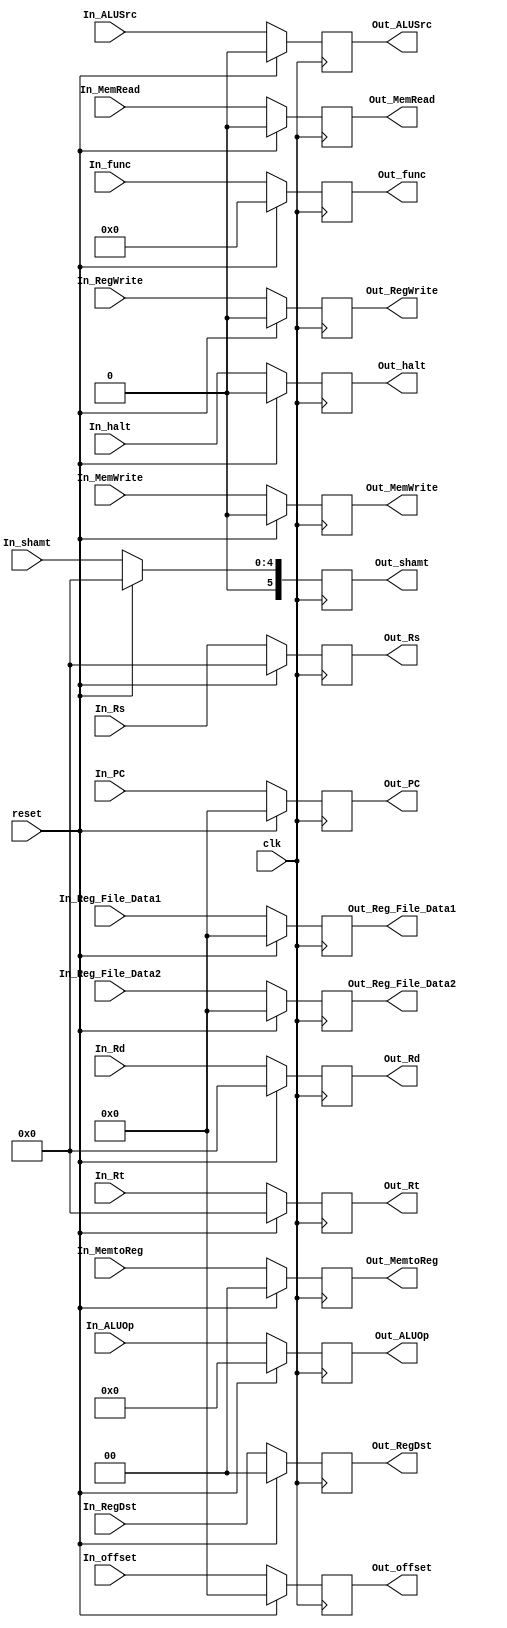
module ID_EX_Register (
// input signals
	clk,reset
	,In_Reg_File_Data1,In_Reg_File_Data2,
	In_offset,In_Rs,In_Rt,In_Rd,
	// output signals
   Out_Reg_File_Data1,Out_Reg_File_Data2,
	Out_offset,Out_Rs,Out_Rt,Out_Rd,
	// control unit input signals
	// EX signals
	In_ALUSrc, In_ALUOp ,In_RegDst,In_func, In_shamt,
	
	// MEM signals
	In_MemWrite,In_MemRead,
	
	// WB signals
	In_RegWrite, In_MemtoReg,
	
	// control unit output signals
	// EX signals
	Out_ALUSrc, Out_ALUOp ,Out_RegDst,Out_func, Out_shamt,
	
	// MEM signals
	Out_MemWrite,Out_MemRead,
	
	// WB signals
	Out_RegWrite, Out_MemtoReg, 
	// JAL PC WB Value 
	In_PC,Out_PC,
	//Halt signal
	In_halt, Out_halt
); 


input clk , reset ; // reset is active when we catch a hazard in decode we use it instead of a mux to make all the values equal zeroes

input [31:0] In_Reg_File_Data1,In_Reg_File_Data2,In_offset,In_PC ; // the data come from the register file and the offset from the sign extend 

input [4:0] In_Rs,In_Rt,In_Rd; // the values come from the instruction in ID stage

input In_ALUSrc,In_MemWrite,In_MemRead,In_RegWrite;

input [3:0] In_ALUOp;
input [1:0] In_MemtoReg;
input [1:0] In_RegDst;

input [5:0] In_func;

input [4:0] In_shamt;

input In_halt;

output reg [31:0]  Out_Reg_File_Data1, Out_Reg_File_Data2, Out_offset,Out_PC ;

output reg [4:0]   Out_Rs , Out_Rt  , Out_Rd; 

output reg Out_ALUSrc,Out_MemWrite,Out_MemRead,Out_RegWrite;
							 
output reg [3:0] Out_ALUOp;
output reg [1:0] Out_MemtoReg;
output reg [1:0] Out_RegDst;

output reg [5:0] Out_func;

output reg [5:0] Out_shamt;

output reg Out_halt;
						 
						 
always @(posedge clk)
	begin
		
		if(reset == 1'b1) // if it one so we catch a hazard
			begin
			
			Out_Reg_File_Data1<=32'b0;
			Out_Reg_File_Data2<=32'b0;
			Out_offset<=32'b0;
			
			Out_Rs <=5'b0;
			Out_Rt <=5'b0;
			Out_Rd <=5'b0;
			
			Out_ALUSrc <= 1'b0;
			Out_MemWrite <= 1'b0;
			Out_MemRead <= 1'b0;
			Out_RegWrite <= 1'b0;
			
			Out_ALUOp<=4'b0;
			Out_MemtoReg<=2'b0;
			Out_RegDst<=2'b0;
			
			Out_func<=6'b000000;
			Out_shamt<=5'b00000;
			Out_PC<=32'b0;
			Out_halt<=1'b0;
			
			
			
			end
			
		else
			begin
			
			Out_Reg_File_Data1<= In_Reg_File_Data1;
			Out_Reg_File_Data2<= In_Reg_File_Data2;
			Out_offset<= In_offset;
			
			Out_Rs <=In_Rs;
			Out_Rt <=In_Rt;
			Out_Rd <=In_Rd;
			
			Out_ALUSrc <= In_ALUSrc;
			Out_MemWrite <= In_MemWrite;
			Out_MemRead <= In_MemRead;
			Out_RegWrite <= In_RegWrite;
			
			Out_ALUOp<=In_ALUOp;
			Out_MemtoReg<=In_MemtoReg;
			Out_RegDst<=In_RegDst;
			
			Out_func<=In_func;
			Out_shamt<=In_shamt;
			
			Out_PC<=In_PC;
			
			Out_halt<=In_halt;
			
			end
			
	
	
	end


						 
							 
endmodule